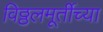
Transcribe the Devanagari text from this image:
विठ्ठलमूर्तीच्या